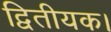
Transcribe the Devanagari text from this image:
द्वितीयक।